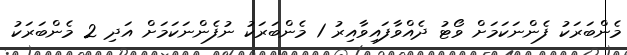
މެންބަރަކު ފެންނަކަމަށް ވޯޓު ދެއްވާފައިވާއިރު 1 މެންބަރަކު ނުފެންނަކަމަށް އަދި 2 މެންބަރަކު